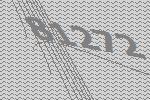
81272